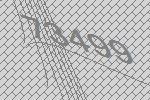
73499